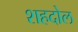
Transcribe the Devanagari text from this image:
शहदोल